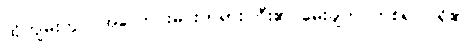
ထိုကျမ်းတွင် အလောင်းမင်းတရားကြီး၏ မေးချက် တစ်ရပ်ပါရှိ၏။